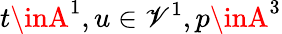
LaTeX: t\inA^{1},u\in\mathscr{V}^{1},p\inA^{3}